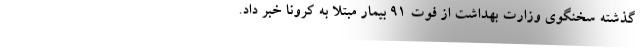
گذشته سخنگوی وزارت بهداشت از فوت ۹۱ بیمار مبتلا به کرونا خبر داد.